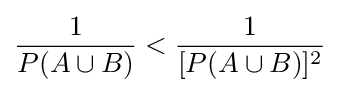
{\frac {1}{P(A\cup B)}}<{\frac {1}{[P(A\cup B)]^{2}}}\